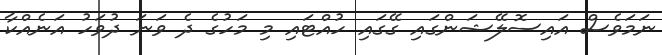
ނަމަވެސް އައިސޮލޭޝަންގައި ގޭގައި ހުއްޓައި މި މަހުގެ ދެ ވަނަ ދުވަހު އަނެއްކާ